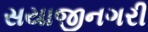
સયાજીનગરી